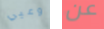
وعيي عن